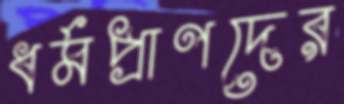
ধর্মপ্রাণদের